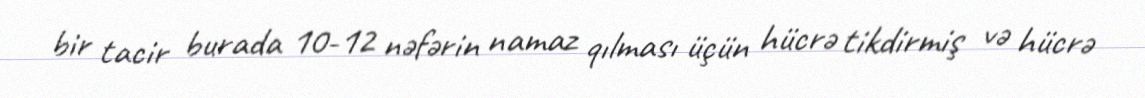
bir tacir burada 10-12 nəfərin namaz qılması üçün hücrə tikdirmiş və hücrə